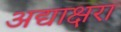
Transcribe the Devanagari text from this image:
अद्याक्षरा